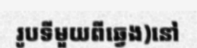
រូបទីមួយពីឆ្វេង)នៅ